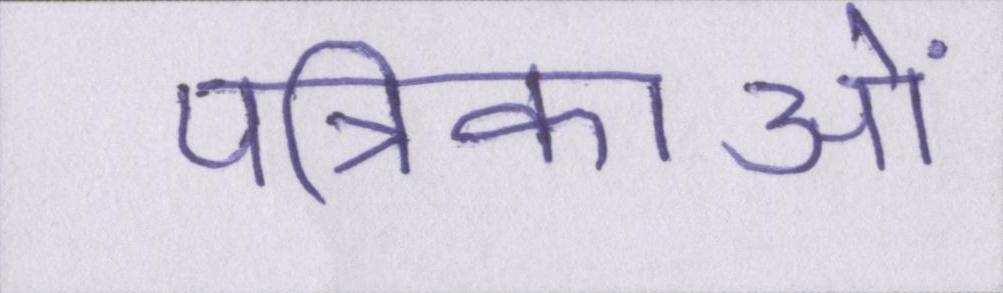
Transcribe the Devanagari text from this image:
पत्रिकाओं